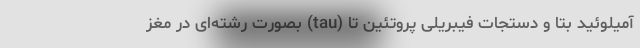
آمیلوئید بتا و دستجات فیبریلی پروتئین تا (tau) بصورت رشته‌ای در مغز